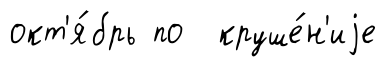
окт'я́брь по круше́н'иjе